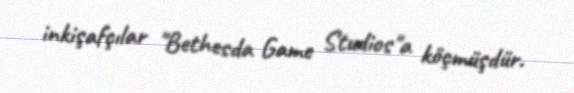
inkişafçılar "Bethesda Game Studios"a köçmüşdür.